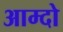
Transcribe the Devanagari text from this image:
आम्दो